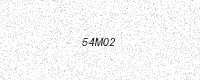
Text: 54M02